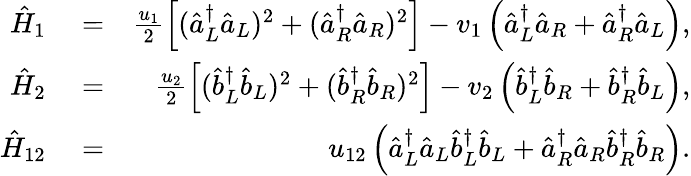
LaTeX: \begin{array}{rlr}{\hat{H}_{1}}&{{}=}&{\frac{u_{1}}{2}\left[(\hat{a}_{L}^{\dagger}\hat{a}_{L})^{2}+(\hat{a}_{R}^{\dagger}\hat{a}_{R})^{2}\right]-v_{1}\left(\hat{a}_{L}^{\dagger}\hat{a}_{R}+\hat{a}_{R}^{\dagger}\hat{a}_{L}\right),}\\ {\hat{H}_{2}}&{{}=}&{\frac{u_{2}}{2}\left[(\hat{b}_{L}^{\dagger}\hat{b}_{L})^{2}+(\hat{b}_{R}^{\dagger}\hat{b}_{R})^{2}\right]-v_{2}\left(\hat{b}_{L}^{\dagger}\hat{b}_{R}+\hat{b}_{R}^{\dagger}\hat{b}_{L}\right),}\\ {\hat{H}_{12}}&{{}=}&{u_{12}\left(\hat{a}_{L}^{\dagger}\hat{a}_{L}\hat{b}_{L}^{\dagger}\hat{b}_{L}+\hat{a}_{R}^{\dagger}\hat{a}_{R}\hat{b}_{R}^{\dagger}\hat{b}_{R}\right).}\end{array}